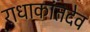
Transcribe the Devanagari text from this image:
राधाकांतदेव